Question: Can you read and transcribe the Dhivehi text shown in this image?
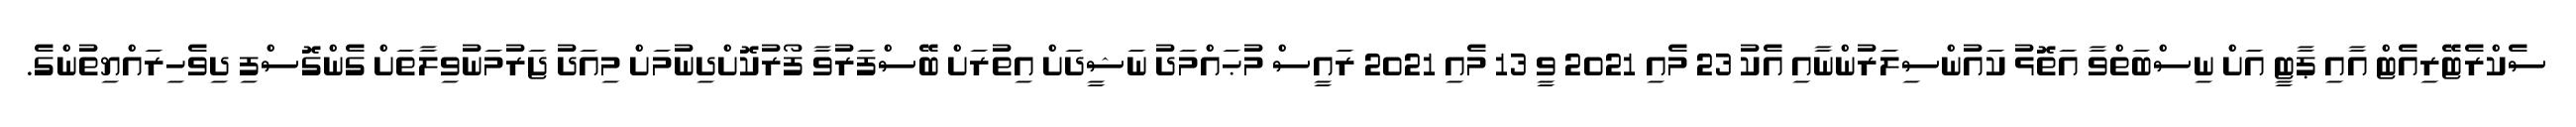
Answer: ސެކްރެޓޭރިއެޓް އާއި ޕާޓީ އަށް ނިސްބަތްވާ އަތޮޅު ކައުންސިލަރުންނާއި އެކު 23 މެއި 2021 ވީ 13 މެއި 2021 ރައީސް މުޙައްމަދު ނަޝީދަށް އިތުރަށް ބޭސްފަރުވާ ފޯރުކޮށްދިނުމަށް މިއަދު ޖަރުމަނުވިލާތަށް ގެންގޮސްފި ދިވެހިރައްޔިތުންގެ.